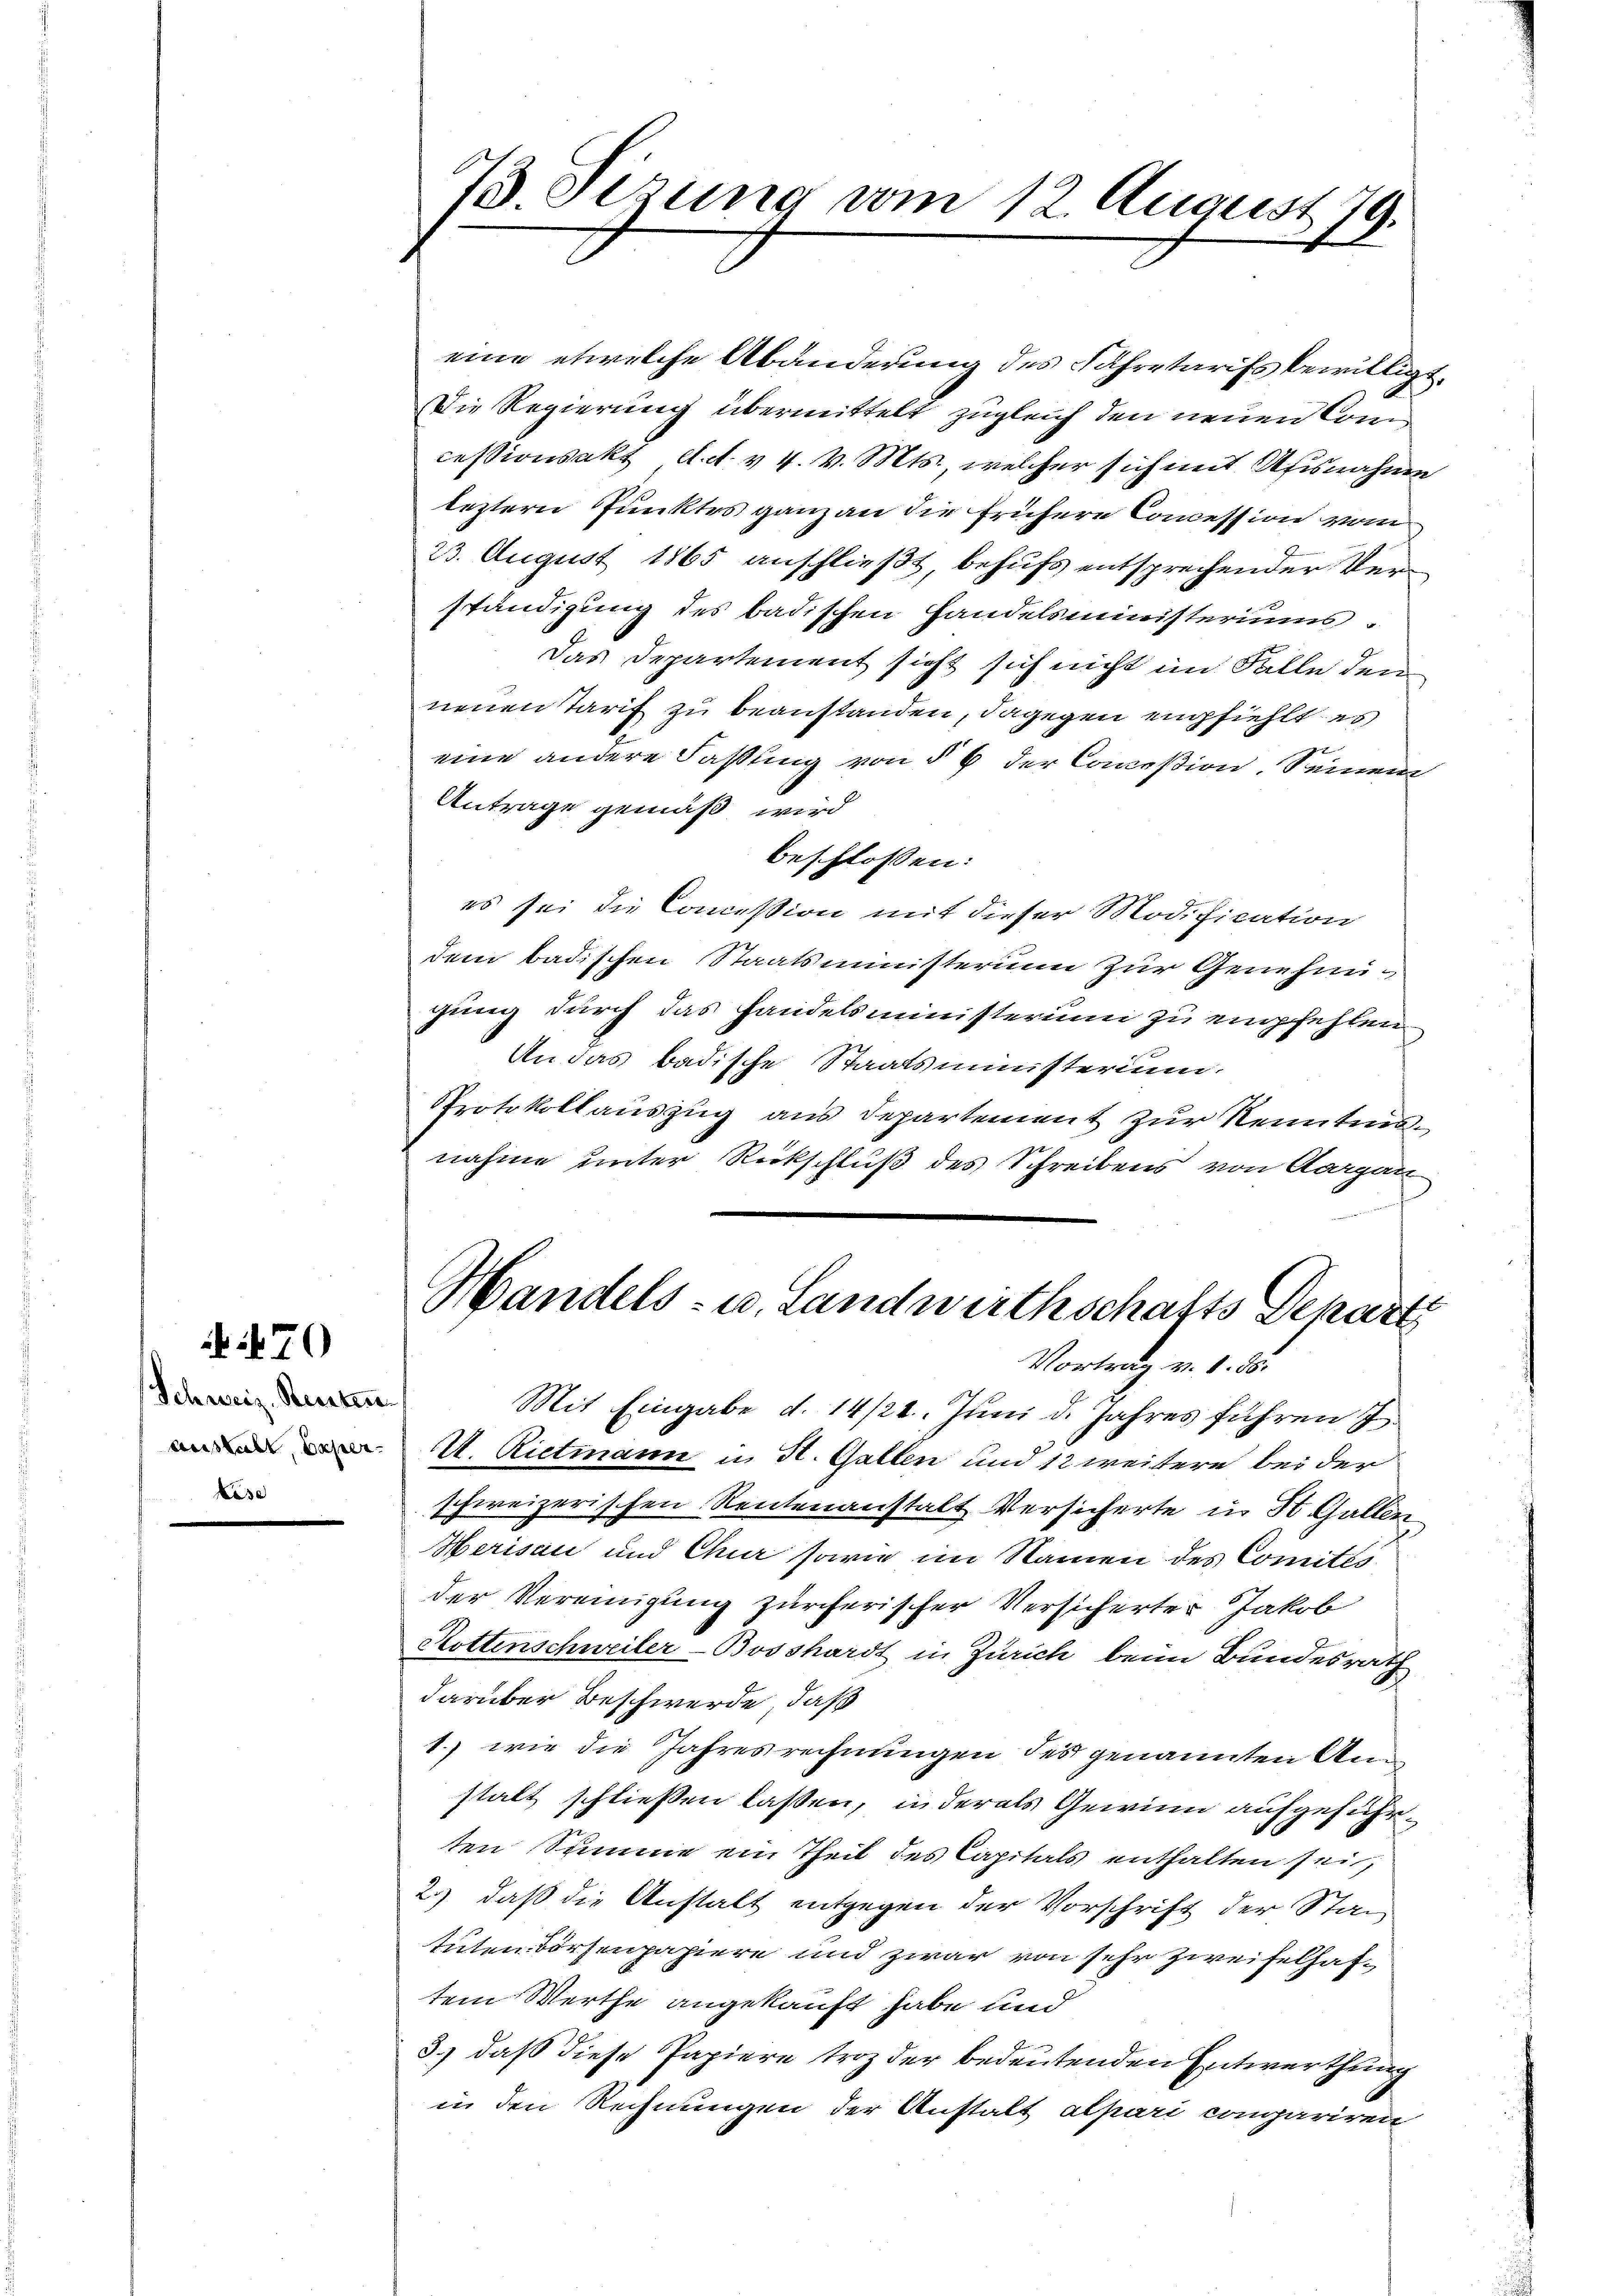
Schweiz. Renten
Anstalt, dasel¬
Kase

70

73. Sezung vom 12. August 79.

eine etwelche Abänderung des Fahretarifs bewilligt.
Die Regierung übermittelt zugleich den neuen Comcessionsakt d. d. v. 4. v. Mts., welcher sich mit Afisnahme
leztern Punktes ganz an die frühere Concession vom
23. August 1865 anschließt, behufs entsprechender Verständigung des badischen Handelsministeriums
Das Departement sicht sich nicht im Falle den
neuen Tarif zu beanstanden, dagegen empfiehlt es
eine andere Faßling von § 6 der Conceßion, Seinem
Antrage gemäß wird
beschlossen:
es sei die Concession mit dieser Modification
dem badischen Staatsministerium zur Genehmigung durch das Handelsministerium zu empfehlen
An das badische Staatsministerium.
Protokollauszug aus Departement zur Kenntnis.
nahme unter Rückschluß des Schreibens von Aargau
Handels- u. Landwirthschafts Departi
Vortrag v. 1. 55.
Mit Eingabe d. 14/24. Juni d. Jahres führen J
U. Rietmann u. St. Gallen und 12 weitere bei der
schweizerischen Rentenanstalt Versicherte in St. Gallen
Herisau und Chur sowie im Namen des Comités
der Vereinigung zürcherischer Versicherter Jakob
Rottenschweiler-Bosshardt in Zürich beim Bundesrath
darüber Beschwerde, daß
1. wie die Jahresrechnungen des genannten Anstalt schließen laßen, in derals Gewinn aufgeführten Summe ein Theil des Capitals enthalten sei,
2.) daß die Anstalt entgegen der Vorschrift der Stan
tuten vortenpapiere und zwar von sehr zweifelhaftem Werthe angekauft habe und
3.) daß diese Papiere troz der bedeutenden Entwerthung
in den Rechnungen der Anstalt alpari compariren